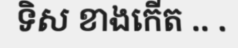
ទិស ខាងកើត .. .